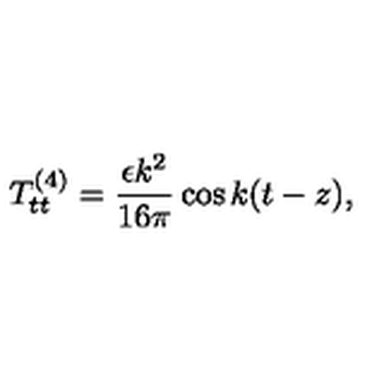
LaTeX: T _ { t t } ^ { ( 4 ) } = \frac { \epsilon k ^ { 2 } } { 1 6 \pi } \cos k ( t - z ) ,